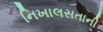
નિખાલસતાની